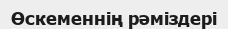
Өскеменнің рәміздері